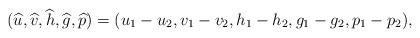
LaTeX: \begin{align*} (\widehat{u},\widehat{v},\widehat{h},\widehat{g},\widehat{p})=(u_1-u_2,v_1-v_2,h_1-h_2,g_1-g_2,p_1-p_2),\end{align*}